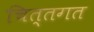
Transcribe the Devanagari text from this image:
चित्तगत